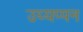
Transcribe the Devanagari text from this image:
उय्यप्पन